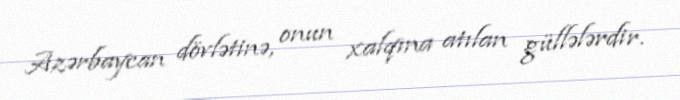
Azərbaycan dövlətinə, onun xalqına atılan güllələrdir.